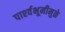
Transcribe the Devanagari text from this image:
पार्श्‍वभूमीमुळे